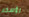
رؤسكم